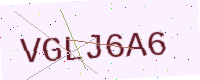
Text: VGLJ6A6